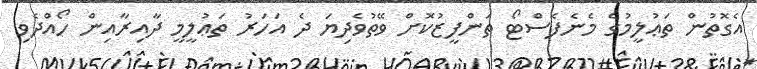
އެގޮތުން ތަޢުލީމުގެ މެނެފެސްޓޯ ތަންފީޒުކޮށް ވޭތުވެދިޔަ ދެ އަހަރު ތަޢުލީމީ ދާއިރާއިން ހޯއްދެވި